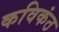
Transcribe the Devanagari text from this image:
कविकंठ